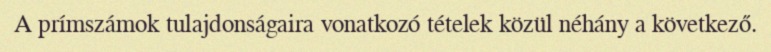
A prímszámok tulajdonságaira vonatkozó tételek közül néhány a következő.